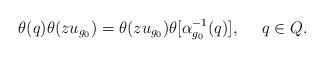
LaTeX: \begin{align*} \theta(q) \theta(z u_{g_0}) = \theta(z u_{g_0}) \theta[ \alpha_{g_0}^{-1}(q)], \ \ \ \ q \in Q.\end{align*}